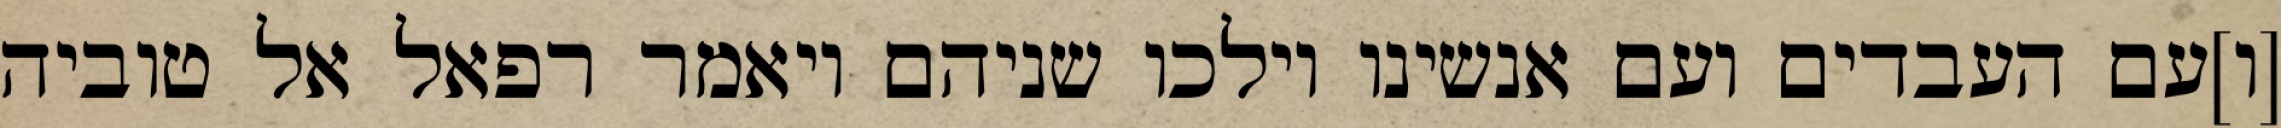
[ו]עם העבדים ועם אנשינו וילכו שניהם ויאמר רפאל אל טוביה